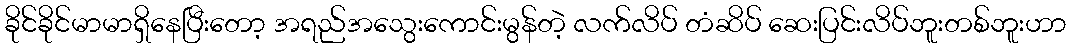
ခိုင်ခိုင်မာမာရှိနေပြီးတော့ အရည်အသွေးကောင်းမွန်တဲ့ လက်လိပ် တံဆိပ် ဆေးပြင်းလိပ်ဘူးတစ်ဘူးဟာ